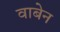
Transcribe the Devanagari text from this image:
वाबेन